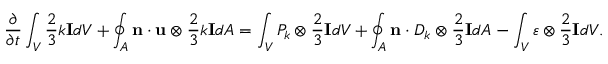
\frac { \partial } { \partial t } \int _ { V } \frac { 2 } { 3 } k \mathbf { I } d V + \oint _ { A } \mathbf { n } \cdot \mathbf { u } \otimes \frac { 2 } { 3 } k \mathbf { I } d A = \int _ { V } P _ { k } \otimes \frac { 2 } { 3 } \mathbf { I } d V + \oint _ { A } \mathbf { n } \cdot D _ { k } \otimes \frac { 2 } { 3 } \mathbf { I } d A - \int _ { V } \varepsilon \otimes \frac { 2 } { 3 } \mathbf { I } d V .